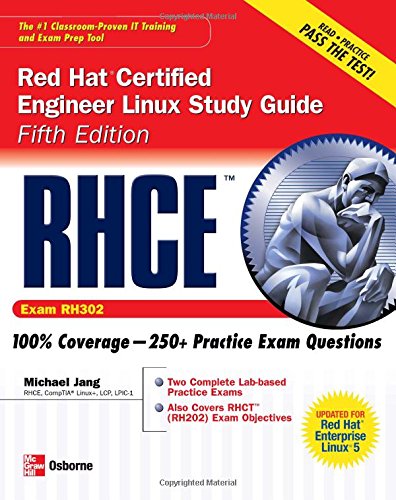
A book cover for RHCE Red Hat Certified Engineer Linux Study Guide (Exam RH302) (Certification Press); Michael Jang; Computers & Technology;